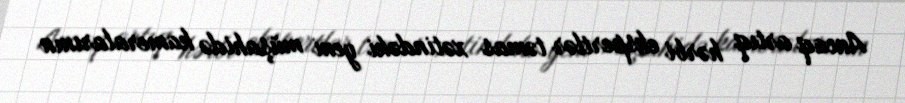
Ancaq artıq hərbi ekspertlər təmas xətindəki yeni müşahidə kameralarının